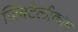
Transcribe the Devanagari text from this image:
जिबटेलीकोम